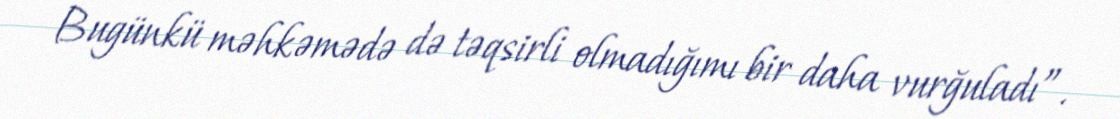
Bugünkü məhkəmədə də təqsirli olmadığımı bir daha vurğuladı”.